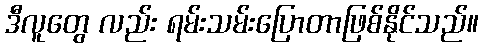
ဒီလူတွေ လည်း ရမ်းသမ်းပြောတာဖြစ်နိုင်သည်။